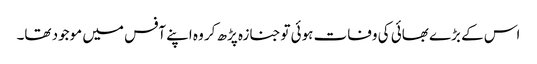
اس کے بڑے بھائی کی وفات ہوئی توجنازہ پڑھ کر وہ اپنے آفس میں موجود تھا۔